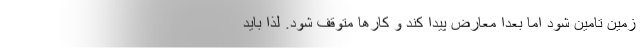
زمین تامین شود اما بعدا معارض پیدا کند و کارها متوقف شود. لذا باید